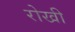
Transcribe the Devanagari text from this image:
रोखी